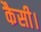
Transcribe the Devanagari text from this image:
कैसी।